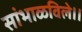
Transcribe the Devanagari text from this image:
सांभाळविले।।